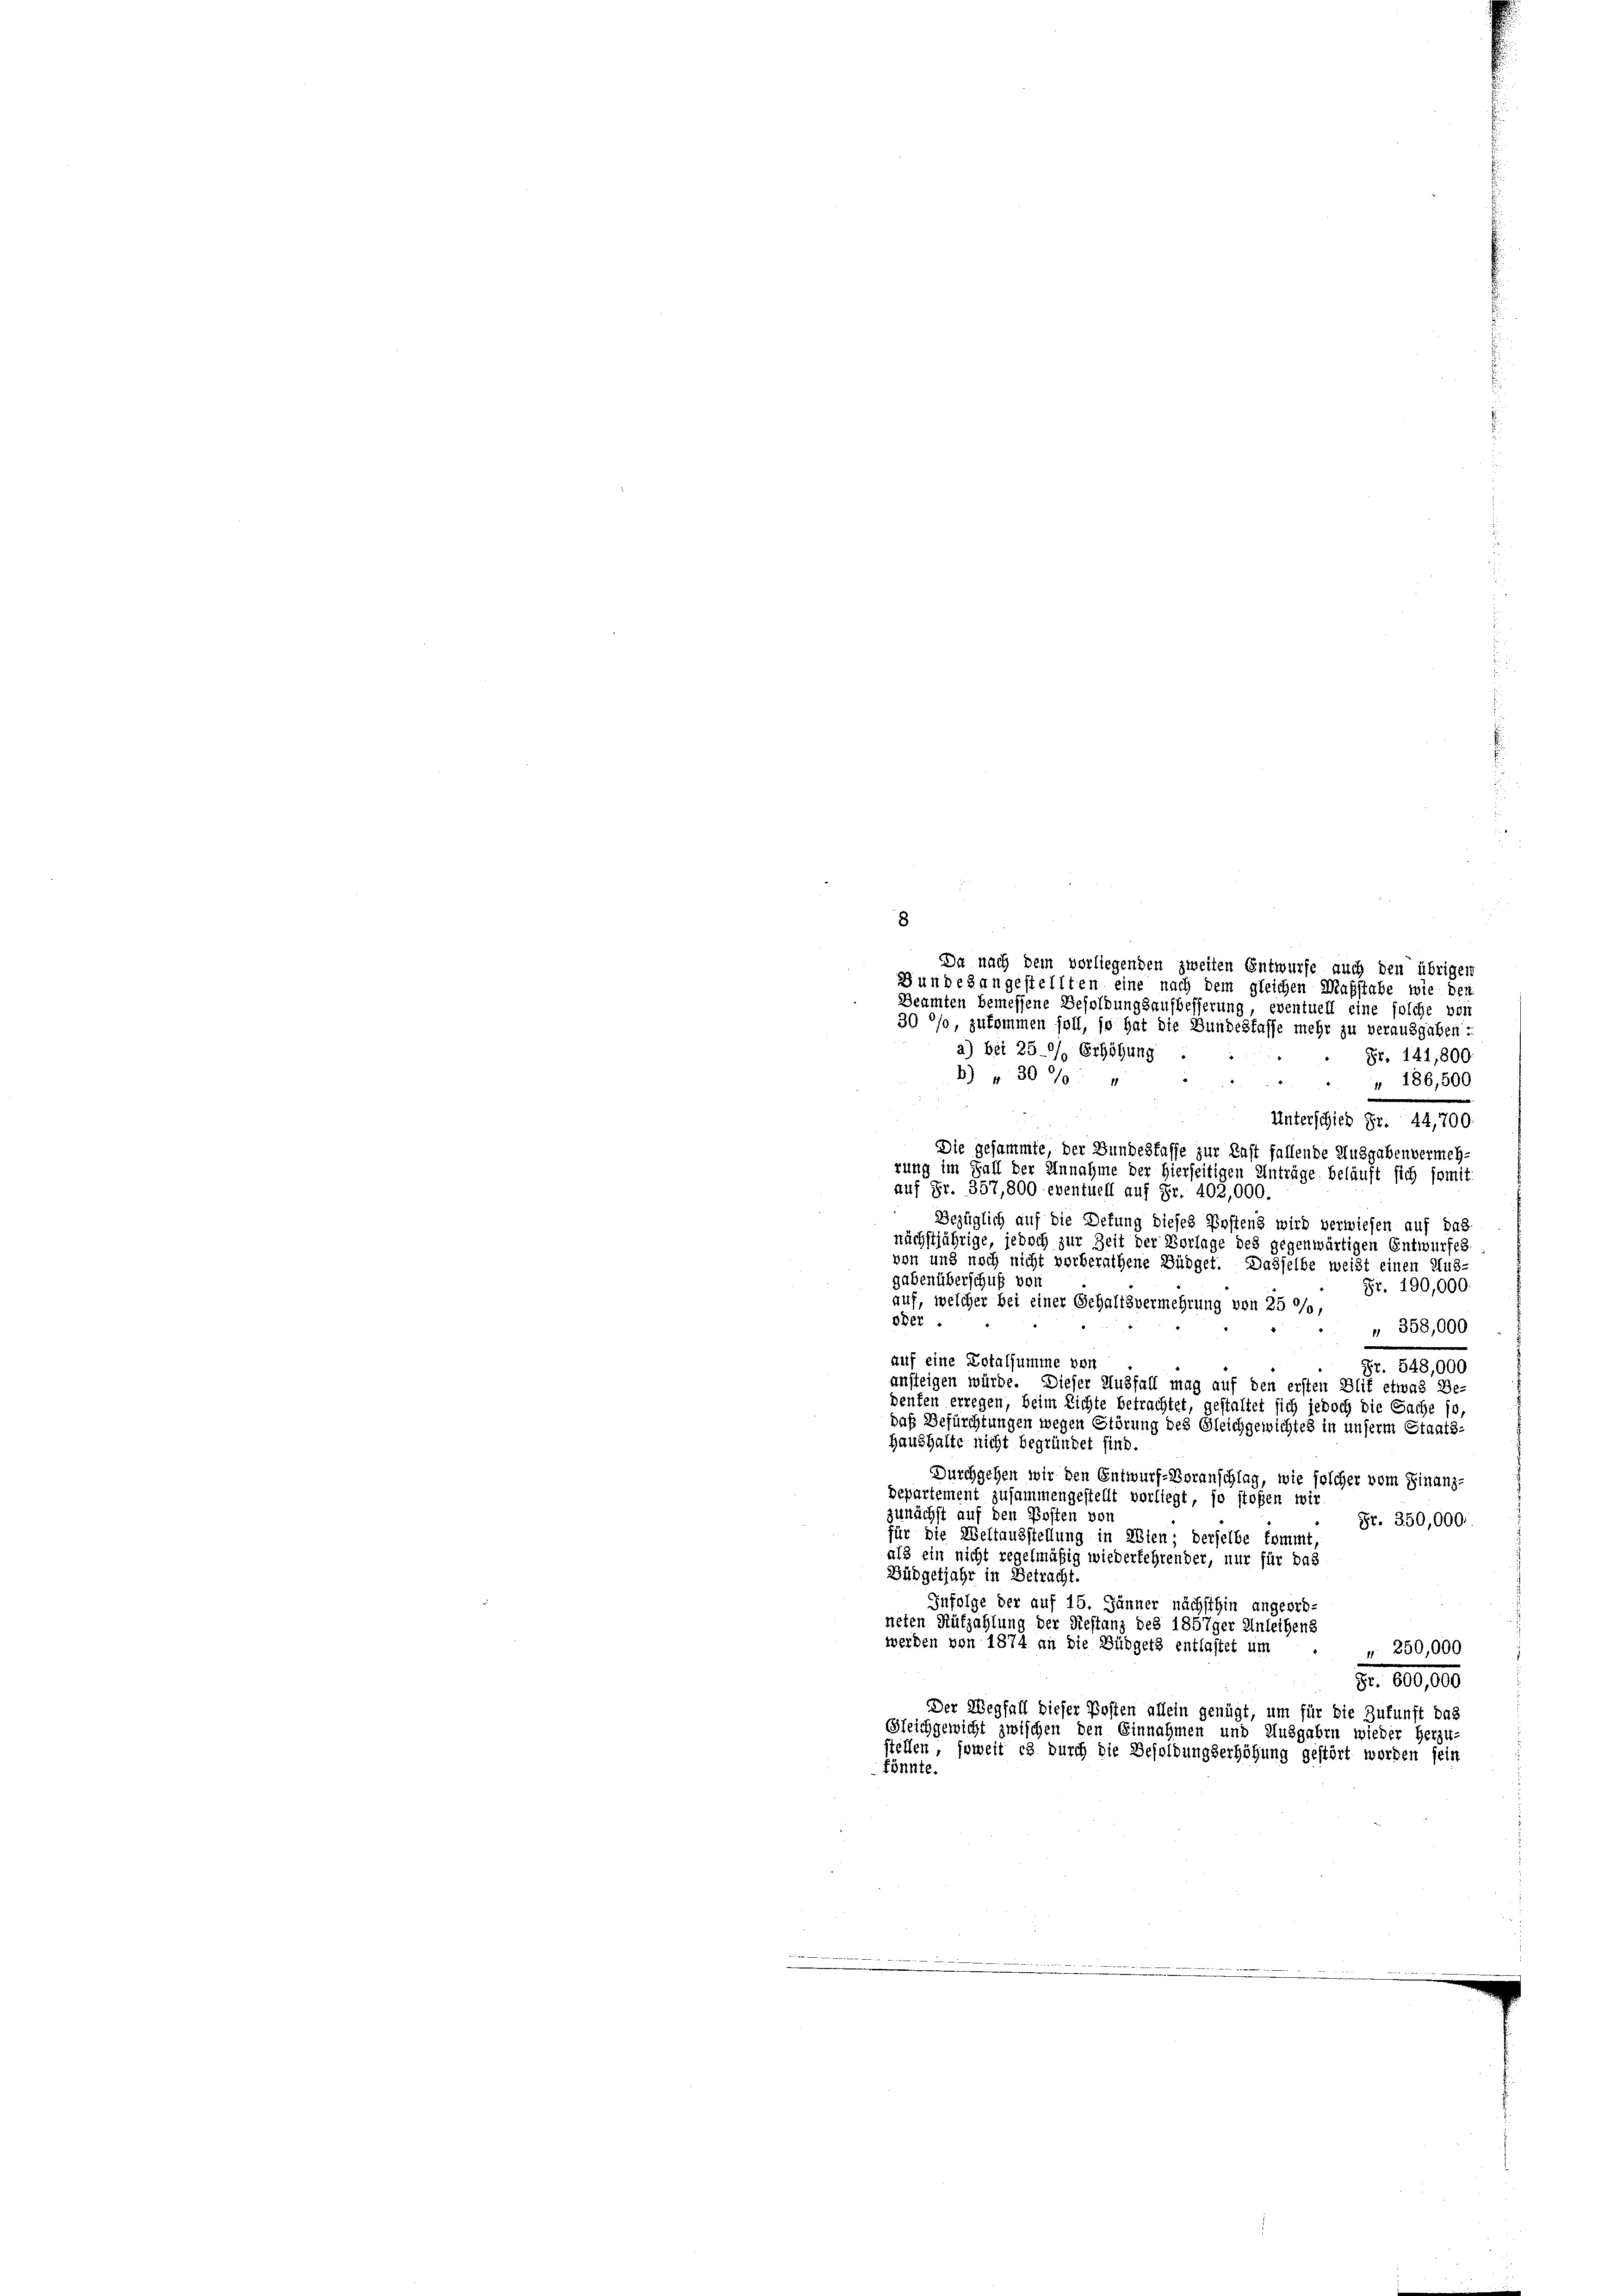
Da nach dem vorliegenden zweiten Entwurfe auch den übrigen
Bundesangestellten eine nach dem gleichen Maßstabe wie den
Deamten bemessene Besoldungsaufbesserung, eventuell eine solche von
30 °/o, zukommen soll, so hat die Bundesfasse mehr zu verausgaben :
a) bei 25/ Erhöhung
Fr. 141,800
) " 30% "
" 186,500
d
Unterschied Fr. 44,700.
Die gesammte, der Bundesfasse zur Last fallende Ausgaben vermehrung im Fall der Annahme der hierseitigen Anträge beläuft sich somit
auf Fr. 357,800 eventuell auf Fr. 402,000.
Bezüglich auf die Defung dieses Postens wird verwiesen auf das
nächstjährige, jedoch zur Zeit der Vorlage des gegenwärtigen Entwurfes
von und noch nicht vorberathene Büdget. Dasselbe weißt einen Aus-
gaben überschuß von
Fr. 190,000
auf, welcher bei einer Gehaltsvermehrung von 25 °/o,
ober.
„ 358,000
auf eine Dotalsumme von
Fr. 548,000
ansteigen würde. Dieser Ausfall mag auf den ersten Blif etwas Be-
denken erregen, beim Lichte betrachtet, gestaltet sich jedoch die Sache so,
daß Befürchtungen wegen Störung des Gleichgewichtes in unserm Staats-
Haushalte nicht begründet sind.
Durchgehen wir den Entwurf-Voranschlag, wie solcher vom Finanz-
Departement zusammengestellt vorliegt, so stoßen wir
zunächst auf den Posten von
Fr. 350,000.
für die Weltausstellung in Wien; derselbe kommt,
als ein nicht regelmäßig wiederlehrender, nur für das
Büdgetjahr in Betracht.
Infolge der auf 15. Jänner nächsthin angeord-
neten Aufzahlung der Restanz des 1857ger Anleihens
werden von 1874 an die Büdgets entlastet um
" 250,000
Fr. 600,000
Der Wegfall dieser Posten allein genügt, um für die Zukunft das
Gleichgewicht zwischen den Einnahmen und Ausgaben wieder herzu-
stellen, soweit es durch die Besoldungserhöhung gestört worden sein
könnte.